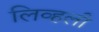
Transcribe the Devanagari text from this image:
लिव्हली